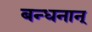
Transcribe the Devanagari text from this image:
बन्‍धनान्